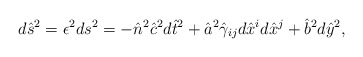
\begin{align*}d\hat{s}^2=\epsilon^2ds^2=-\hat{n}^2\hat{c}^2d\hat{t}^2+\hat{a}^2\hat{\gamma}_{ij}d\hat{x}^id\hat{x}^j+\hat{b}^2d\hat{y}^2,\end{align*}